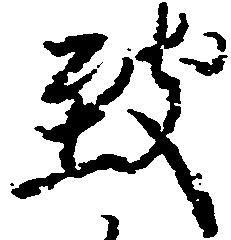
致